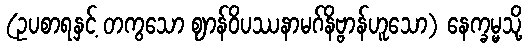
(ဥပစာရနှင့် တကွသော ဈာန်ဝိပဿနာမဂ်နိဗ္ဗာန်ဟူသော) နေက္ခမ္မသို့